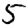
Digit: 5